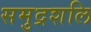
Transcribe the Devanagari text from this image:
समुद्रशलि